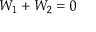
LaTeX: W _ { 1 } + W _ { 2 } = 0